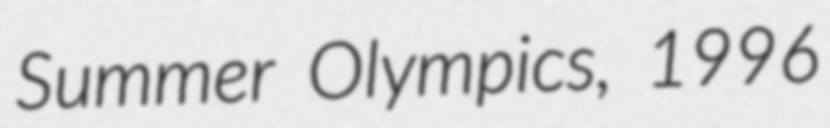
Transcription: Summer Olympics, 1996